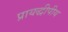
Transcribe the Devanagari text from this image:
प्रायद्धीपीय